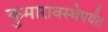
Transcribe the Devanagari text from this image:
कुमारावस्थेपर्यंत